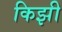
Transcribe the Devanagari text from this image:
किझी